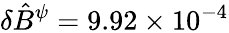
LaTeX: \delta\hat{B}^{\psi}=9.92\times 10^{-4}